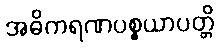
အဓိကရဏပစ္စယာပတ္တိ